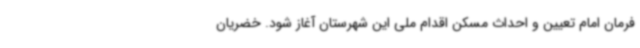
فرمان امام تعیین و احداث مسکن اقدام ملی این شهرستان آغاز شود. خضریان